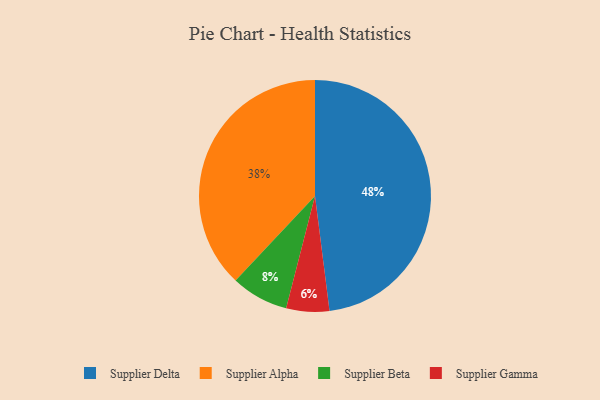
{"axis": {"x": "Category", "y": "Percentage"}, "legend": ["Supplier Alpha", "Supplier Beta", "Supplier Delta", "Supplier Gamma"], "data": [{"x": "Supplier Delta", "y": 48, "type": "Supplier Delta"}, {"x": "Supplier Gamma", "y": 6, "type": "Supplier Gamma"}, {"x": "Supplier Beta", "y": 8, "type": "Supplier Beta"}, {"x": "Supplier Alpha", "y": 38, "type": "Supplier Alpha"}]}